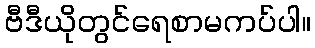
ဗီဒီယိုတွင်ရေစာမကပ်ပါ။